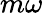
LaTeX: m\omega